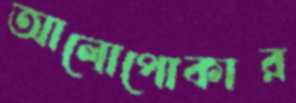
আলোপোকার